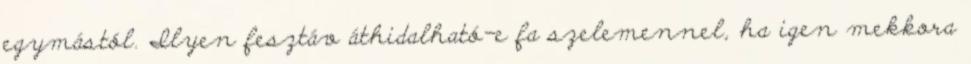
egymástól. Ilyen fesztáv áthidalható-e fa szelemennel, ha igen mekkora